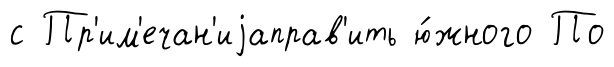
с Пр'им'ечан'иjаправ'ить ю́жного По